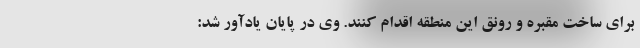
برای ساخت مقبره و رونق این منطقه اقدام کنند. وی در پایان یادآور شد: